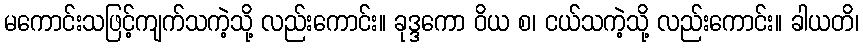
မကောင်းသဖြင့်ကျက်သကဲ့သို့ လည်းကောင်း။ ခုဒ္ဒကော ဝိယ စ၊ ငယ်သကဲ့သို့ လည်းကောင်း။ ခါယတိ၊